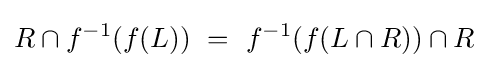
R\cap f^{-1}(f(L))~=~f^{-1}(f(L\cap R))\cap R